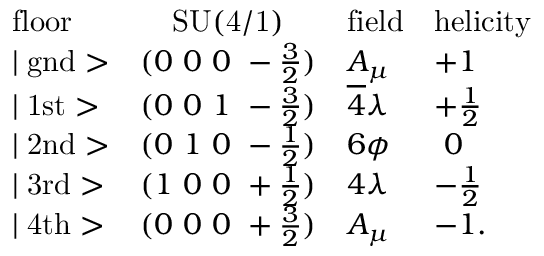
\begin{array} { l c l l } { { \mathrm { f l o o r } } } & { { \mathrm { S U ( 4 / 1 ) } } } & { { \mathrm { f i e l d } } } & { { \mathrm { h e l i c i t y } } } \\ { { \mid \mathrm { g n d } > } } & { { ( 0 ~ 0 ~ 0 ~ - \frac { 3 } { 2 } ) } } & { { A _ { \mu } } } & { { + 1 } } \\ { { \mid \mathrm { 1 s t } > } } & { { ( 0 ~ 0 ~ 1 ~ - \frac { 3 } { 2 } ) } } & { { \overline { { 4 } } \lambda } } & { { + \frac { 1 } { 2 } } } \\ { { \mid \mathrm { 2 n d } > } } & { { ( 0 ~ 1 ~ 0 ~ - \frac { 1 } { 2 } ) } } & { { 6 \phi } } & { { ~ 0 } } \\ { { \mid \mathrm { 3 r d } > } } & { { ( 1 ~ 0 ~ 0 ~ + \frac { 1 } { 2 } ) } } & { { 4 \lambda } } & { { - \frac { 1 } { 2 } } } \\ { { \mid \mathrm { 4 t h } > } } & { { ( 0 ~ 0 ~ 0 ~ + \frac { 3 } { 2 } ) } } & { { A _ { \mu } } } & { { - 1 . } } \end{array}